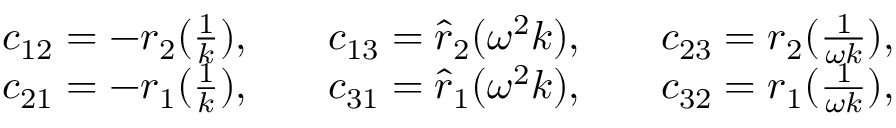
\begin{array} { r l r l r l } & { c _ { 1 2 } = - r _ { 2 } ( \frac { 1 } { k } ) , } & & { c _ { 1 3 } = \hat { r } _ { 2 } ( \omega ^ { 2 } k ) , } & & { c _ { 2 3 } = r _ { 2 } ( \frac { 1 } { \omega k } ) , } \\ & { c _ { 2 1 } = - r _ { 1 } ( \frac { 1 } { k } ) , } & & { c _ { 3 1 } = \hat { r } _ { 1 } ( \omega ^ { 2 } k ) , } & & { c _ { 3 2 } = r _ { 1 } ( \frac { 1 } { \omega k } ) , } \end{array}